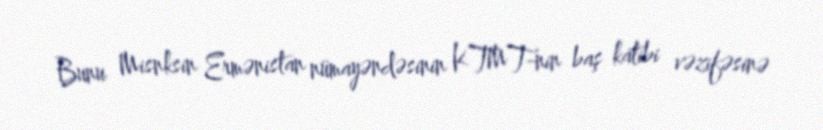
Bunu Misnksin Ermənistan nümayəndəsinin KTMT-nin baş katibi vəzifəsinə